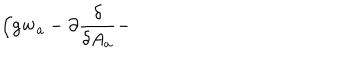
\Bigl ( g { \mathbf w } _ { a } - \partial { \frac { \delta } { \delta A _ { a } } } -